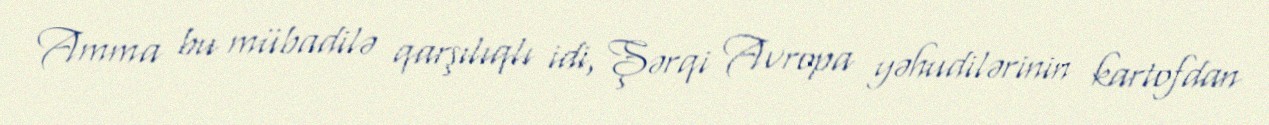
Amma bu mübadilə qarşılıqlı idi, Şərqi Avropa yəhudilərinin kartofdan